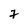
Character: 7